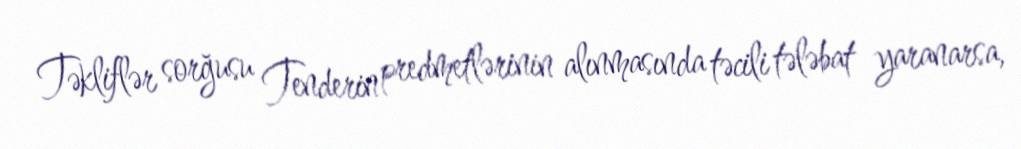
Təkliflər sorğusu Tenderin predmetlərinin alınmasında təcili tələbat yaranarsa,